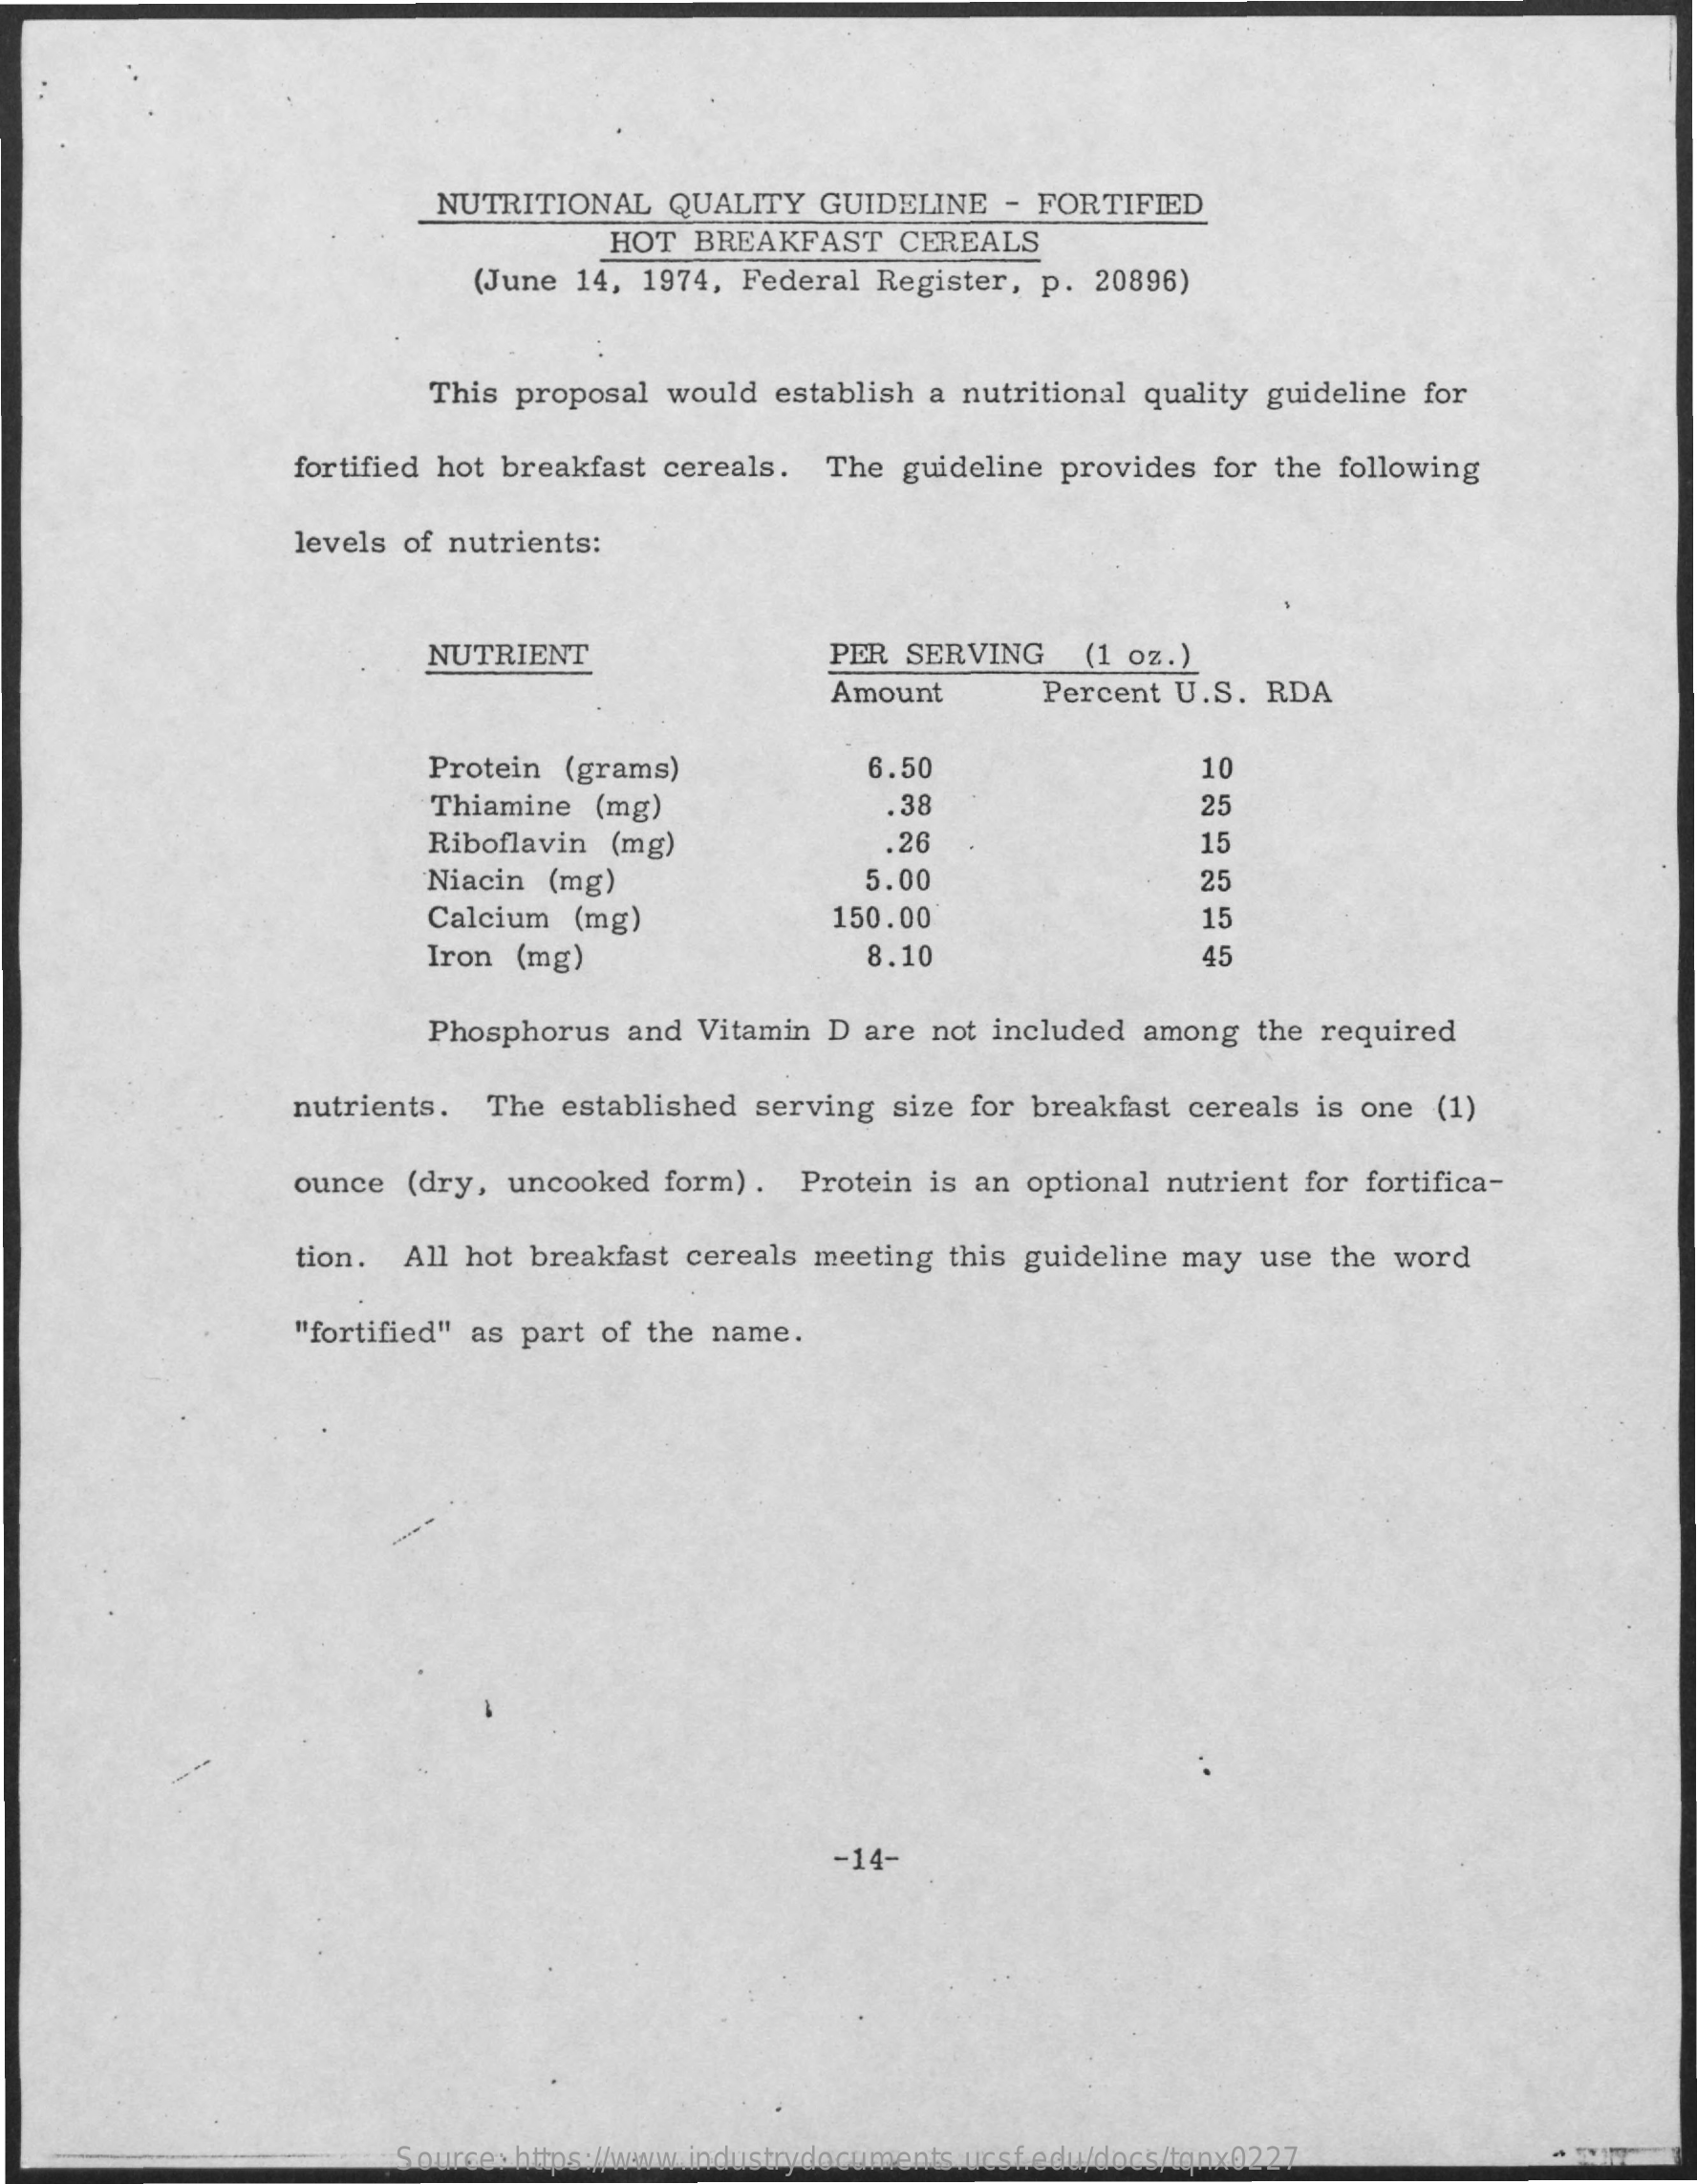
NUTRITIONAL QUALITY GUIDELINE - FORTIFIED
     HOT  BREAKFAST CEREALS
     (June 14, 1974, Federal Register, p. 20896)
     This proposal would establish a nutritional quality guideline for
     fortified hot breakfast cereals. The guideline provides for the following
     levels of nutrients:
     NUTRIENT    PER SERVING  (1 oz.)
     Amount    Percent U.S. RDA
     Protein (grams)    6.50    10
     Thiamine (mg)    .38    25
     Riboflavin (mg)    .26    15
     Niacin (mg)    5.00    25
     Calcium (mg)    150.00    15
     Iron (mg)    8.10    45
     Phosphorus and Vitamin D are not included among the required
     nutrients. The established serving size for breakfast cereals is one (1)
     ounce (dry, uncooked form) . Protein is an optional nutrient for fortifica-
     tion. All hot breakfast cereals meeting this guideline may use the word
     "fortified" as part of the name.
     -14-
     Source: https://www.industrydocuments.ucsf.edu/docs/tqnx0227